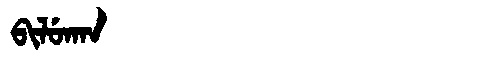
Manchu: ᠪᡳᠯᡠᡴᠠᠨ
Romanization: BILUKAN